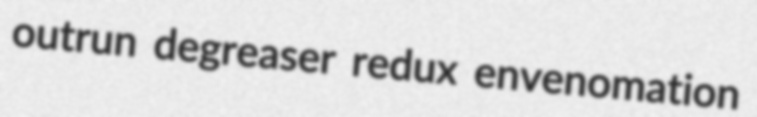
outrun degreaser redux envenomation